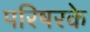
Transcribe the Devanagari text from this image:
परिषरके